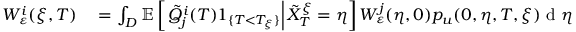
\begin{array} { r l } { W _ { \varepsilon } ^ { i } ( \xi , T ) } & { { } = \int _ { D } \mathbb { E } \left[ \left. \tilde { Q } _ { j } ^ { i } ( T ) 1 _ { \{ T < T _ { \xi } \} } \right| \tilde { X } _ { T } ^ { \xi } = \eta \right] W _ { \varepsilon } ^ { j } ( \eta , 0 ) p _ { u } ( 0 , \eta , T , \xi ) \textrm { d } \eta } \end{array}